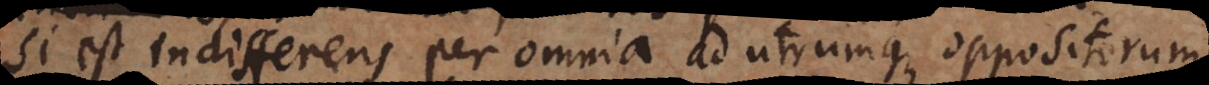
est indifferens per omnia ad utrumque oppositorum,